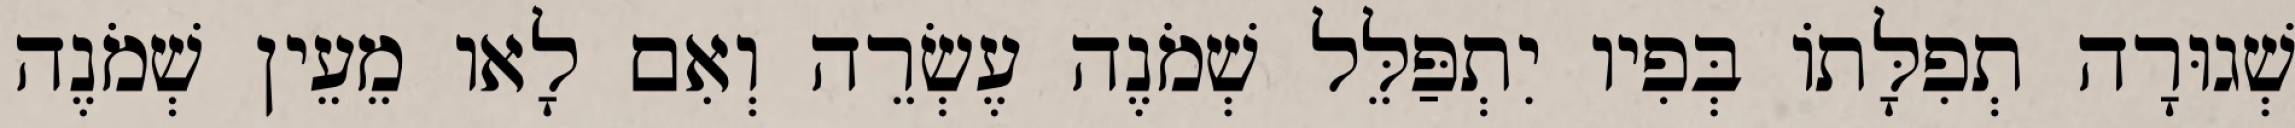
שְׁגוּרָה תְפִלָּתוֹ בְּפִיו יִתְפַּלֵּל שְׁמֹנֶה עֶשְׂרֵה וְאִם לָאו מֵעֵין שְׁמֹנֶה